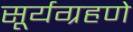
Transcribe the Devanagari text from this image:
सूर्यग्रहणे